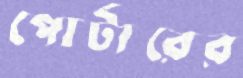
পোর্টারের